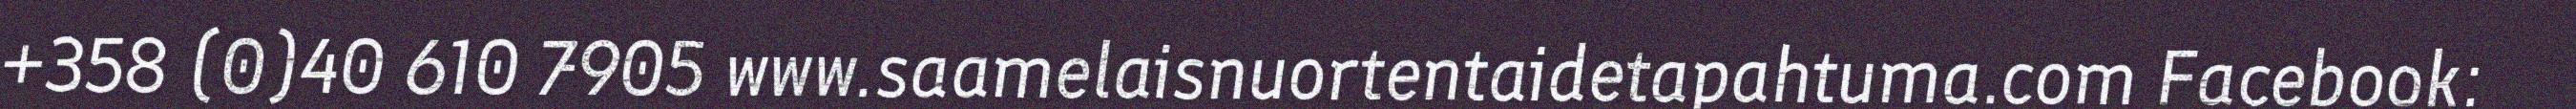
+358 (0)40 610 7905 www.saamelaisnuortentaidetapahtuma.com Facebook: